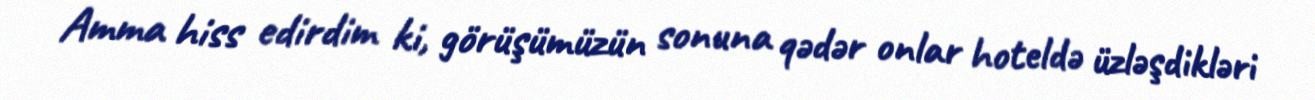
Amma hiss edirdim ki, görüşümüzün sonuna qədər onlar hoteldə üzləşdikləri